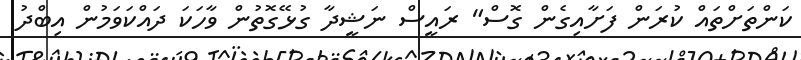
ކަންތަށްތައް ކުރަން ފަށާއިގެން ގޮސް" ރައީސް ނަޝީދާ ގުޅޭގޮތުން ވާހަކަ ދައްކަވަމުން އިބްދު